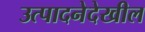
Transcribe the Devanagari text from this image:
उत्पादनेदेखील